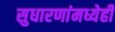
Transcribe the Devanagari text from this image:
सुधारणांमध्येही